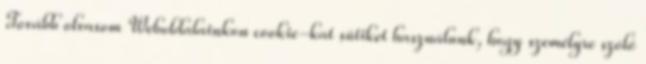
Tovább olvasom Weboldalainkon cookie-kat sütiket használunk, hogy személyre szóló